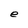
Character: e